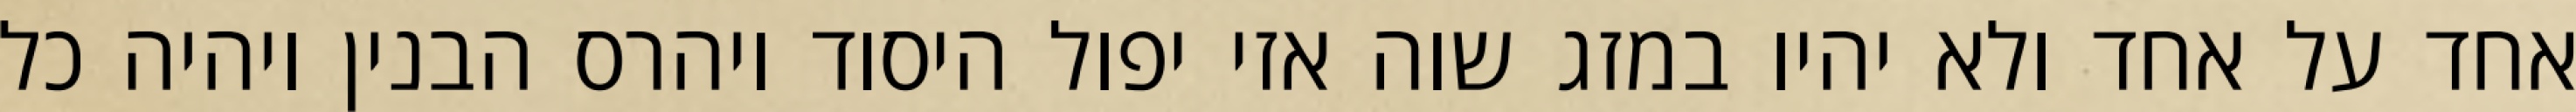
אחד על אחד ולא יהיו במזג שוה אזי יפול היסוד ויהרס הבנין ויהיה כל